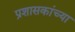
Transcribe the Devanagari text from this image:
प्रशासकांच्या